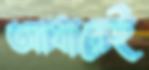
আধারেই